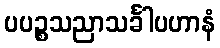
ပပဉ္စသညာသင်္ခါပဟာနံ